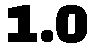
1.0